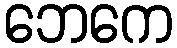
ဘေကေ